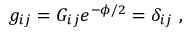
g _ { i j } = G _ { i j } e ^ { - \phi / 2 } = \delta _ { i j } \ ,